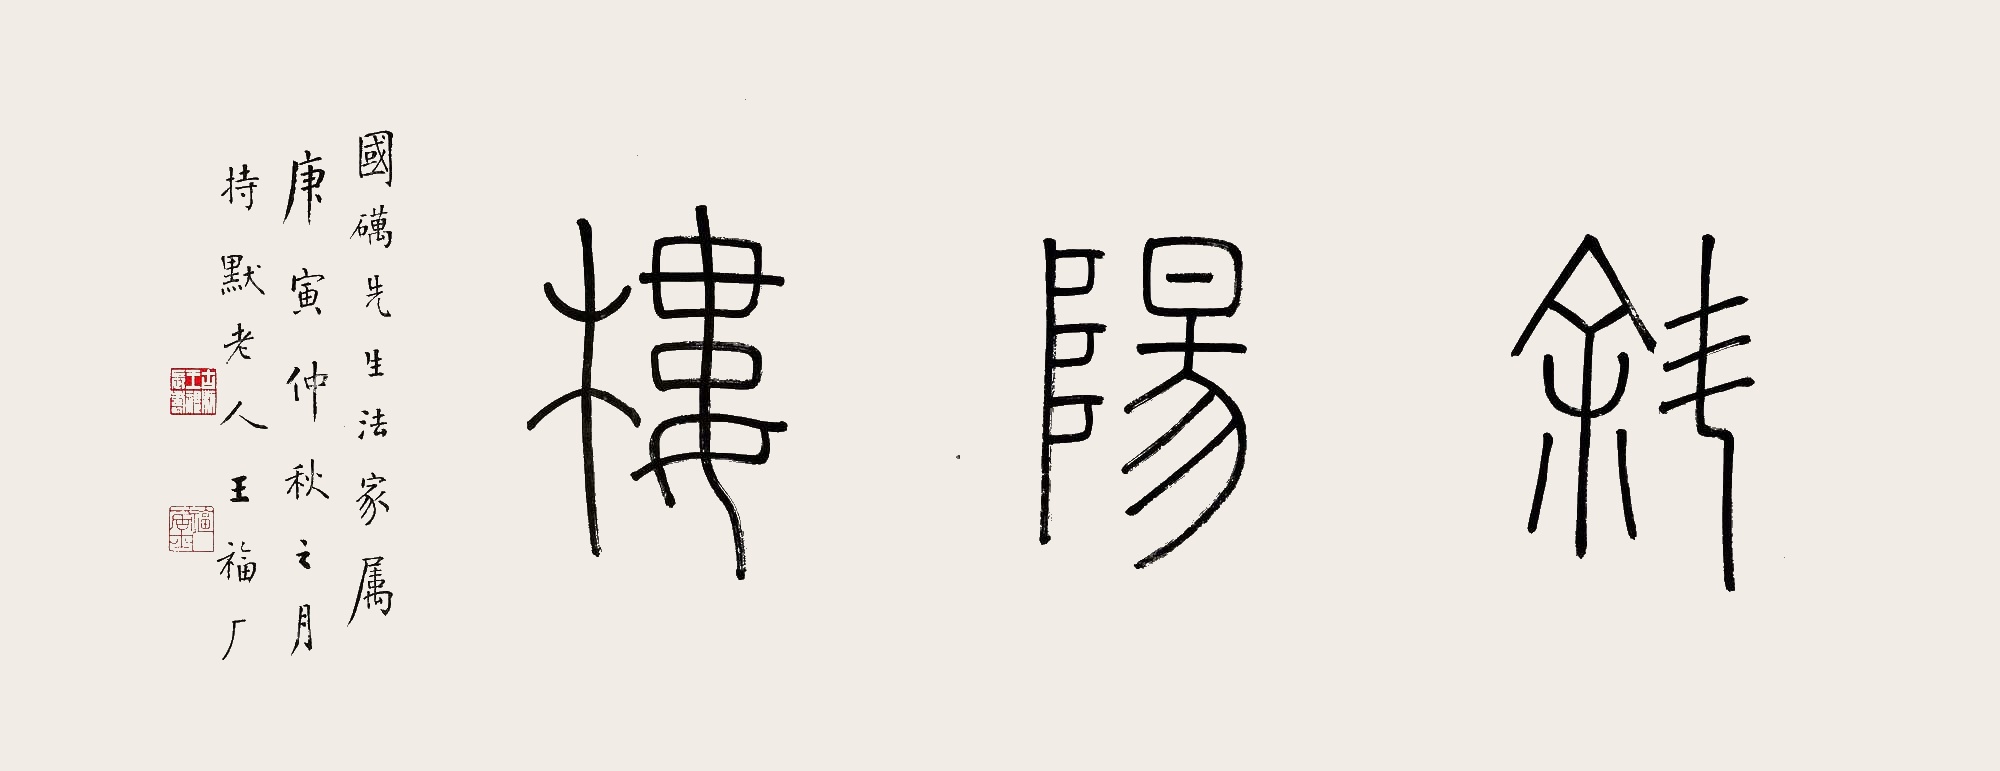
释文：斜阳楼国砺先生法家属，庚寅仲秋之月，持默老人王福厂。